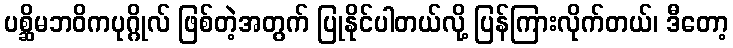
ပစ္ဆိမဘဝိကပုဂ္ဂိုလ် ဖြစ်တဲ့အတွက် ပြုနိုင်ပါတယ်လို့ ပြန်ကြားလိုက်တယ်၊ ဒီတော့